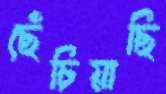
ছেঁচিয়াছি